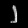
Digit: ၂